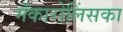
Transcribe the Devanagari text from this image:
मेंकारोलिंसका